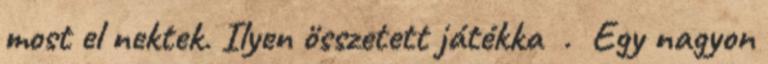
most el nektek. Ilyen összetett játékka . Egy nagyon